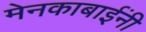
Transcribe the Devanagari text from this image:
मेनकाबाईंनी